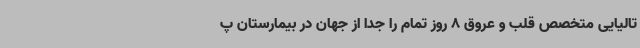
تالیایی متخصص قلب و عروق 8 روز تمام را جدا از جهان در بیمارستان پ